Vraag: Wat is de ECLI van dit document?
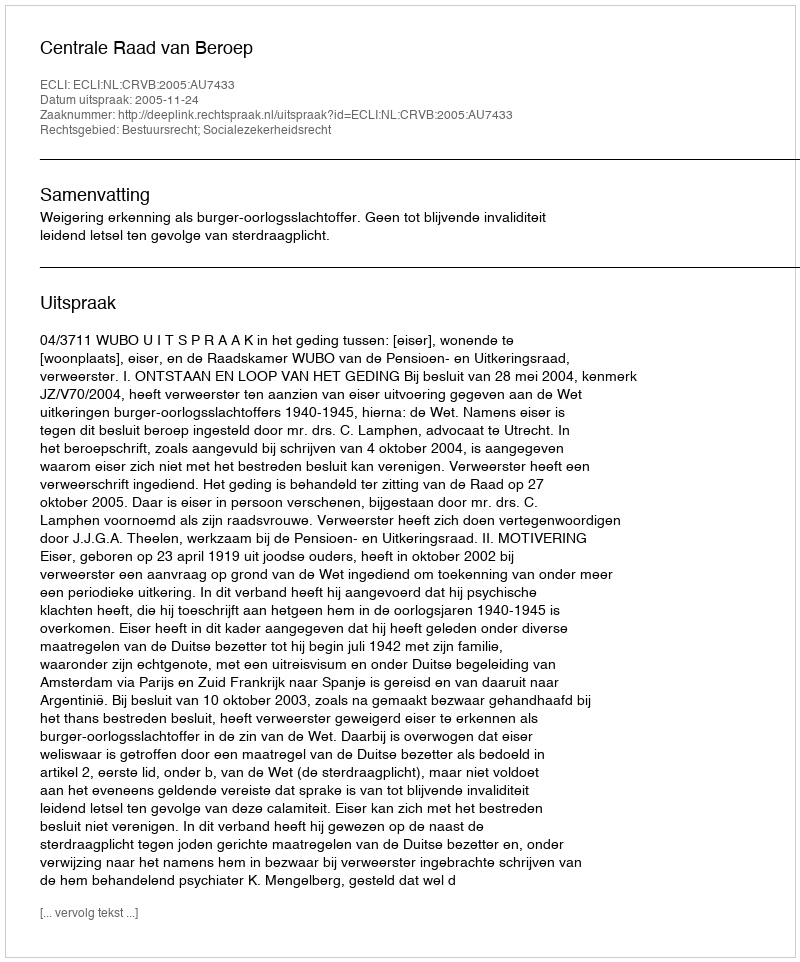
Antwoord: ECLI:NL:CRVB:2005:AU7433